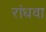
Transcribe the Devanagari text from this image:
रांधवा